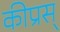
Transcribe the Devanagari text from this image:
कीप्रस्